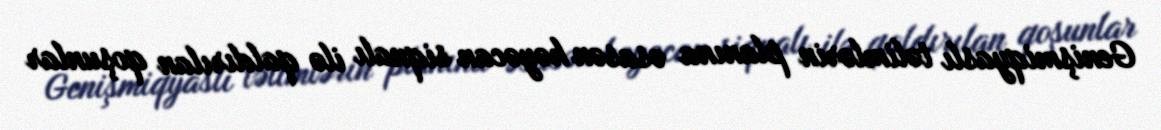
Genişmiqyaslı təlimlərin planına əsasən həyəcan siqnalı ilə qaldırılan qoşunlar